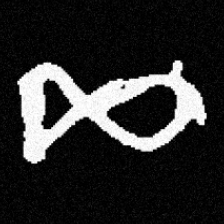
Pyu character \u2014 Myanmar letter: ဆ (romanized: cha)